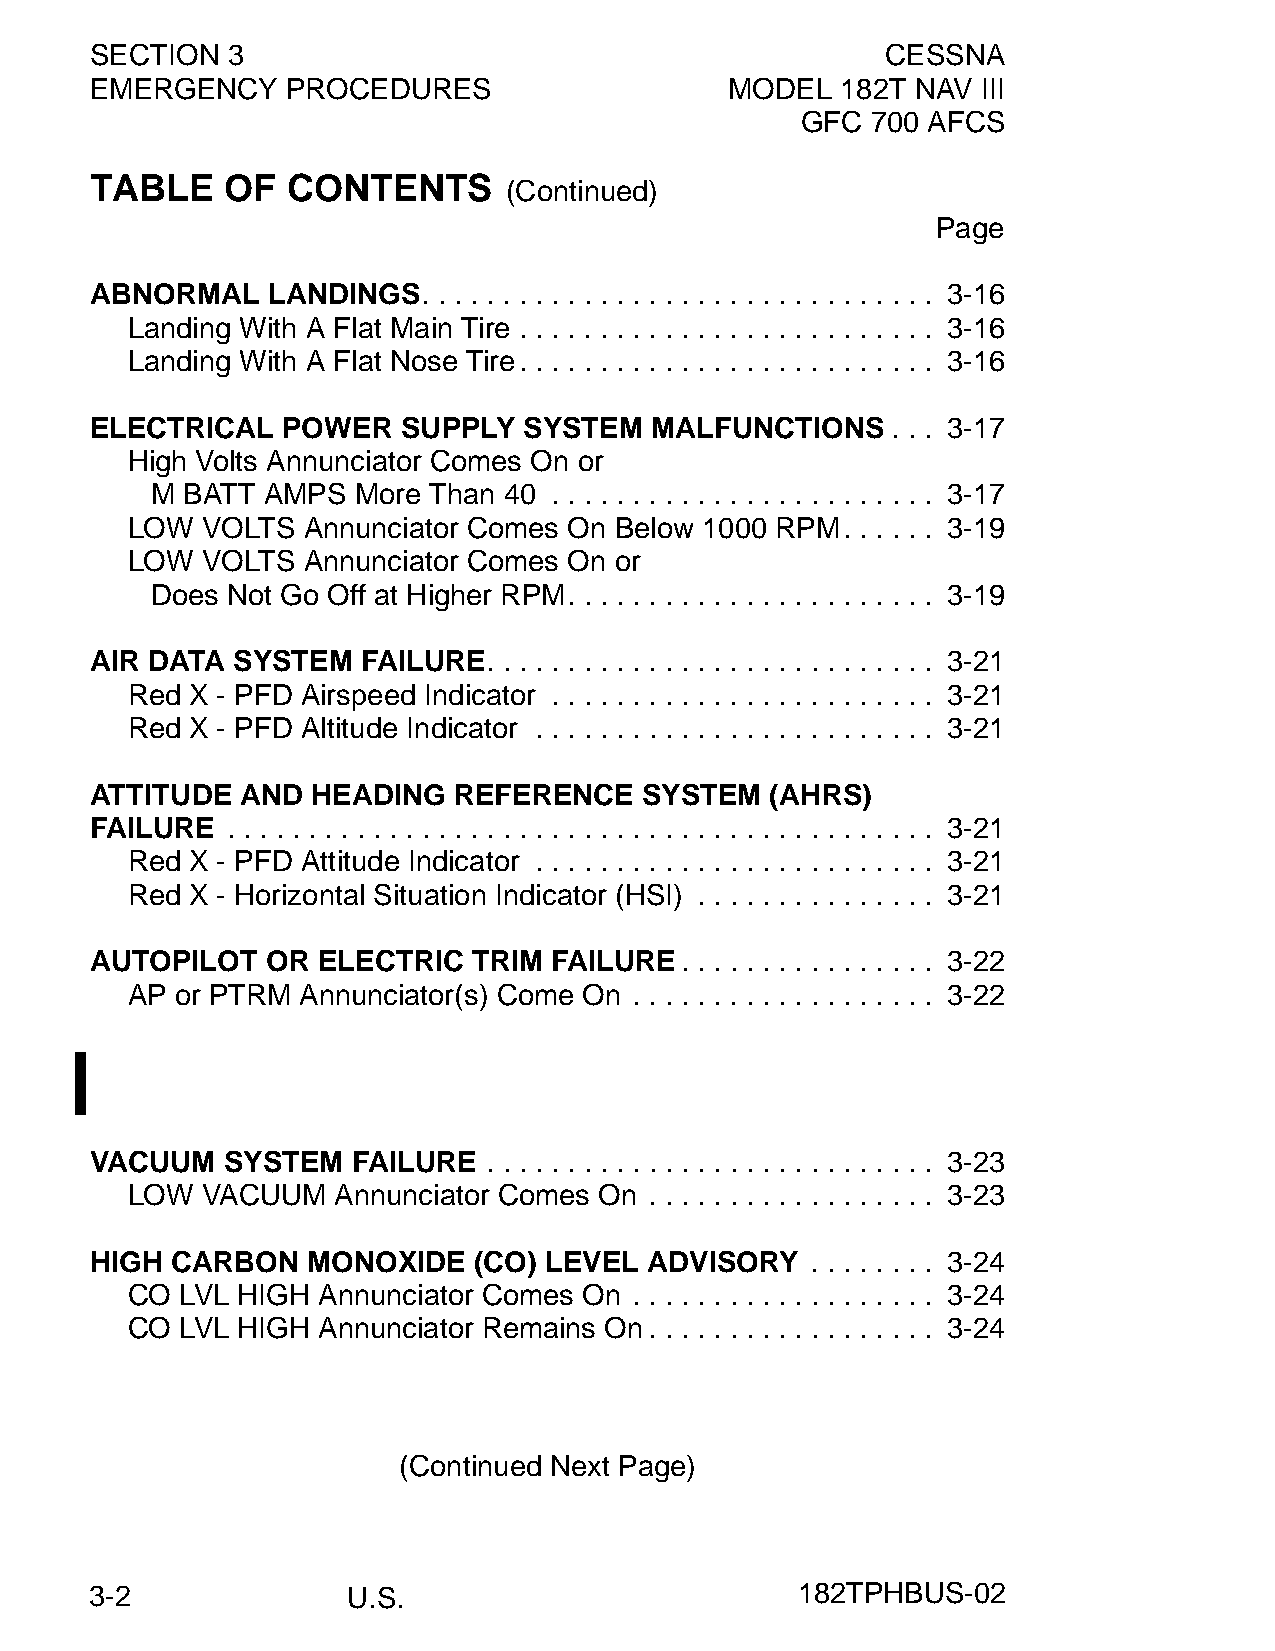
SECTION  3                                           CESSNA
 EMERGENCY    PROCEDURES                   MODEL   182T NAV III
 GFC  700 AFCS
 TABLE    OF  CONTENTS
 (Continued)
 Page
 ABNORMAL    LANDINGS.  . . . . . . . . . . . . . . . . . . . . . . . . . . . . . . . 3-16
 Landing With A Flat Main Tire . . . . . . . . . . . . . . . . . . . . . . . . . . 3-16
 Landing With A Flat Nose Tire. . . . . . . . . . . . . . . . . . . . . . . . . . 3-16
 ELECTRICAL   POWER   SUPPLY  SYSTEM  MALFUNCTIONS    . . . 3-17
 High Volts Annunciator Comes On or
 M BATT AMPS  More Than 40 . . . . . . . . . . . . . . . . . . . . . . . . 3-17
 LOW  VOLTS  Annunciator Comes On Below 1000 RPM. . . . . . 3-19
 LOW  VOLTS  Annunciator Comes On or
 Does Not Go Off at Higher RPM. . . . . . . . . . . . . . . . . . . . . . . 3-19
 AIR DATA SYSTEM   FAILURE. . . . . . . . . . . . . . . . . . . . . . . . . . . . 3-21
 Red  X - PFD Airspeed Indicator . . . . . . . . . . . . . . . . . . . . . . . . 3-21
 Red  X - PFD Altitude Indicator . . . . . . . . . . . . . . . . . . . . . . . . . 3-21
 ATTITUDE  AND  HEADING  REFERENCE   SYSTEM   (AHRS)
 FAILURE  . . . . . . . . . . . . . . . . . . . . . . . . . . . . . . . . . . . . . . . . . . . . 3-21
 Red  X - PFD Attitude Indicator . . . . . . . . . . . . . . . . . . . . . . . . . 3-21
 Red  X - Horizontal Situation Indicator (HSI) . . . . . . . . . . . . . . . 3-21
 AUTOPILOT   OR ELECTRIC  TRIM FAILURE.  . . . . . . . . . . . . . . . 3-22
 AP  or PTRM Annunciator(s) Come On . . . . . . . . . . . . . . . . . . . 3-22
 VACUUM   SYSTEM  FAILURE  . . . . . . . . . . . . . . . . . . . . . . . . . . . . 3-23
 LOW  VACUUM   Annunciator Comes On . . . . . . . . . . . . . . . . . . 3-23
 HIGH CARBON   MONOXIDE   (CO) LEVEL  ADVISORY   . . . . . . . . 3-24
 CO  LVL HIGH Annunciator Comes On . . . . . . . . . . . . . . . . . . . 3-24
 CO  LVL HIGH Annunciator Remains On. . . . . . . . . . . . . . . . . . 3-24
 (Continued Next Page)
 3-2              U.S.                          182TPHBUS-02